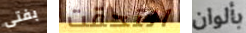
بفتى التحقت بألوان